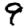
Digit: 9